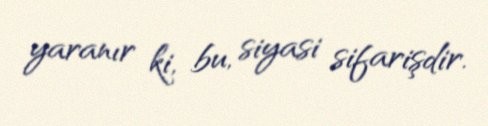
yaranır ki, bu, siyasi sifarişdir.